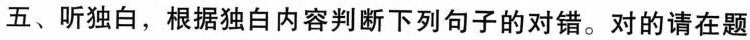
五、听独白,根据独白内容判断下列句子的对错。对的请在题